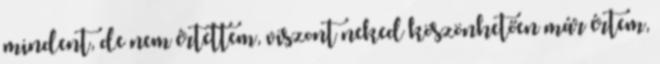
mindent, de nem értettem, viszont neked köszönhetően már értem,